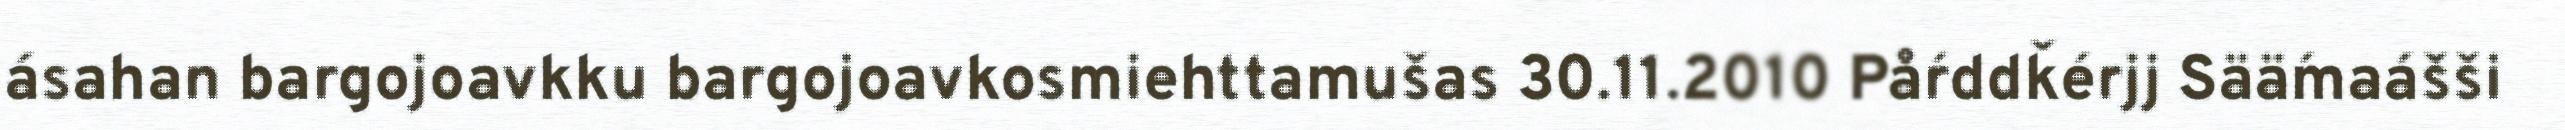
ásahan bargojoavkku bargojoavkosmiehttamušas 30.11.2010 På´rddǩe´rjj Sää´maa´šši